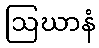
ဩဃာနံ